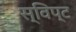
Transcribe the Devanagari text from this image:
स्विप्ट